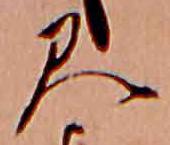
見